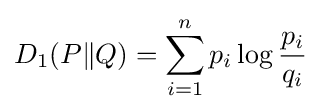
D_{1}(P\Vert Q)=\sum _{i=1}^{n}p_{i}\log {\frac {p_{i}}{q_{i}}}